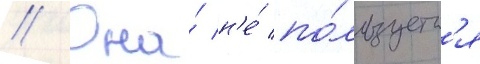
// Она́ н'е́ по́льзуетс'я